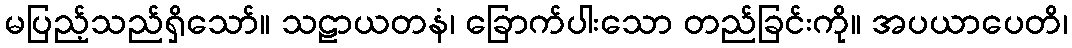
မပြည့်သည်ရှိသော်။ သဠာယတနံ၊ ခြောက်ပါးသော တည်ခြင်းကို။ အပယာပေတိ၊